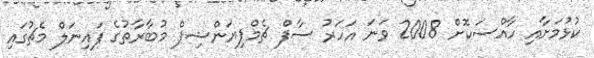
ކުޅުމަށާއި ހާއްސަކޮށް 2008 ވަނަ އަހަރު ސާފް ޗެމްޕިޔަންޝިޕް މުބާރާތުގެ ފައިނަލް މެޗުގައި